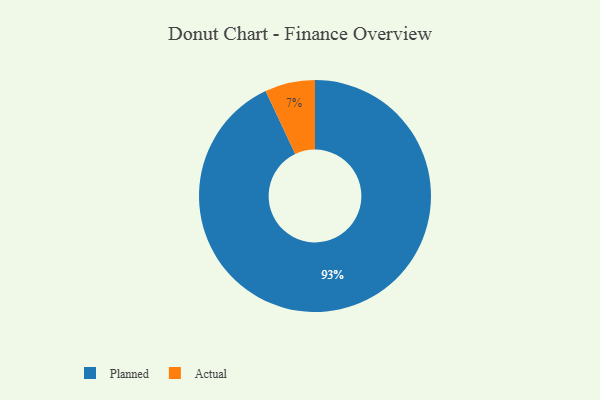
{"axis": {"x": "Category", "y": "Percentage"}, "legend": ["Actual", "Planned"], "data": [{"x": "Planned", "y": 93, "type": "Planned"}, {"x": "Actual", "y": 7, "type": "Actual"}]}